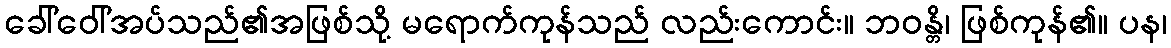
ခေါ်ဝေါ်အပ်သည်၏အဖြစ်သို့ မရောက်ကုန်သည် လည်းကောင်း။ ဘဝန္တိ၊ ဖြစ်ကုန်၏။ ပန၊